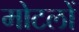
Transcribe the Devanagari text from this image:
मोटलों